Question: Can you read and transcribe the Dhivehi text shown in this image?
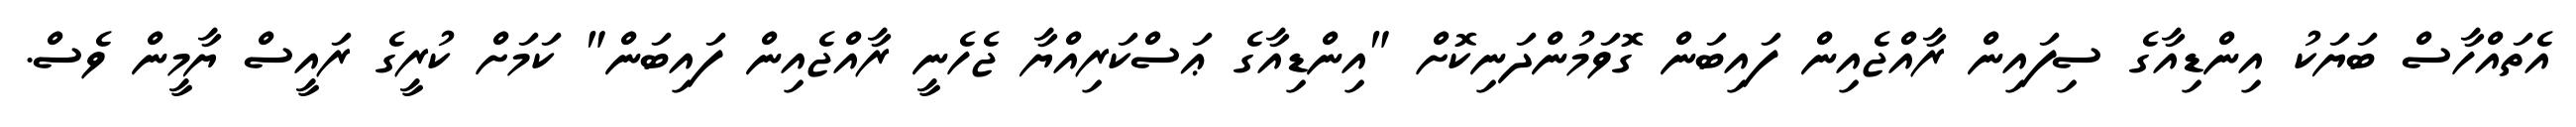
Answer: އެތައްހާސް ބަޔަކު އިންޑިއާގެ ސިފައިން ރާއްޖެއިން ފައިބަން ގޮވަމުންދަނިކޮށް "އިންޑިއާގެ ޢަސްކަރިއްޔާ ޖެހެނީ ރާއްޖެއިން ފައިބަން" ކަމަށް ކުރީގެ ރައީސް ޔާމީން ވެސް.